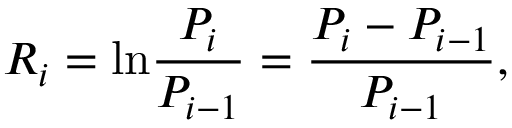
R _ { i } = \mathrm { l n } \frac { P _ { i } } { P _ { i - 1 } } = \frac { P _ { i } - P _ { i - 1 } } { P _ { i - 1 } } ,